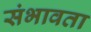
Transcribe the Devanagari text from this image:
संभावता